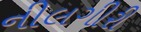
નીલગીરી